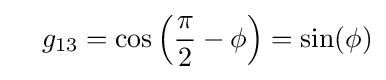
\quad g_{13}=\cos \left({\frac {\pi }{2}}-\phi \right)=\sin(\phi )